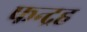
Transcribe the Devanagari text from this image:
फन्द्रह